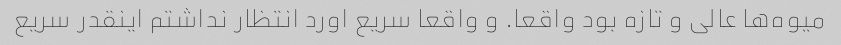
میوه‌ها عالی و تازه بود واقعا. و واقعا سریع اورد انتظار نداشتم اینقدر سریع